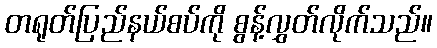
တရုတ်ပြည်နယ်စပ်ကို စွန့်လွှတ်လိုက်သည်။